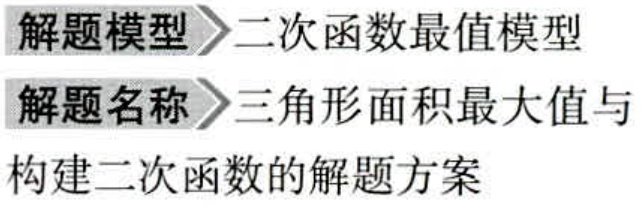
解题模型$\rhd$二次函数最值模型
解题名称$\rhd$三角形面积最大值与
构建二次函数的解题方案